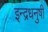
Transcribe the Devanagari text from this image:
इन्‍द्रधनुषी